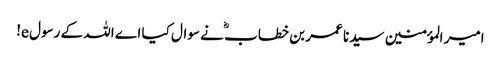
امیر المؤمنین سیدنا عمر بن خطاب ؓ نے سوال کیا اے اللہ کے رسول e!